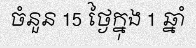
ចំនួន 15 ថ្ងៃក្នុង 1 ឆ្នាំ